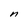
Character: n